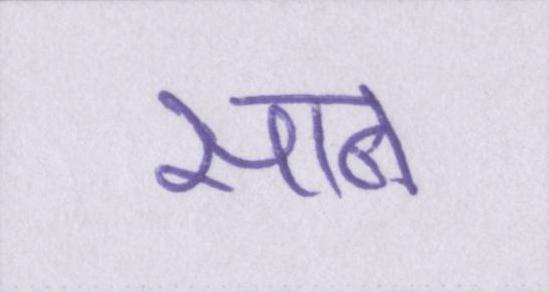
साब